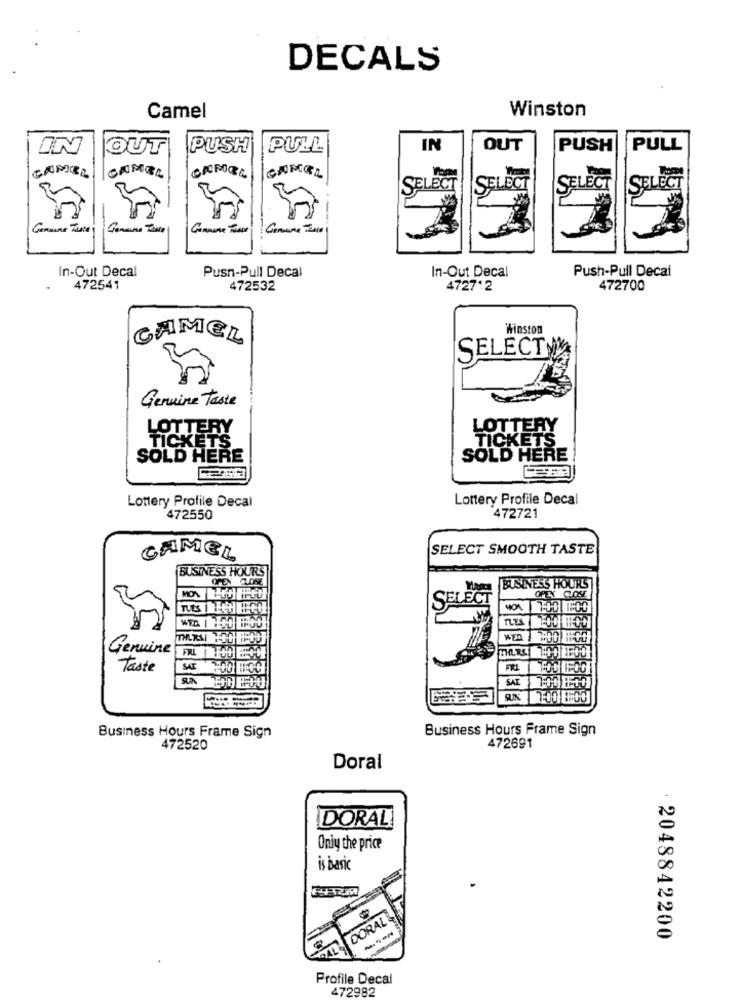
DECALS
Camel
Winston
IN
OUT
PUSH
PULL
IN
OUT
PUSH
PULL
CAMEL
CAROL
CAMEL
SELECT
SELECT
SELECT
SELECT
Genuine Taste
In-Out Decal
In-Out Decal
Push-Pull Decal
Push-Pull Decal
472541
472532
4727.2
472700
Winston
CAMEL
SELECT
Genuine Taste
LOTTERY
LOTTERY
TICKETS
TICKETS
SOLD HERE
SOLD HERE
Lottery Profile Decal
Lottery Profile Decal
472550
472721
SELECT SMOOTH TASTE
CAMEL
BUSINESS HOURS
OPEN CLONE
Mama BUSINESS HOURS
SELECT
HOA
17:00 1:00
WED
Iselse
Genuine
THERE| 7:00 1FOD
Taste
SUN
SAT
Business Hours Frame Sign
Business Hours Frame Sign
472520
472691
Doral
DORAL
Only the price
is basic
DORAL
2048842200
Profile Decal
472982